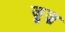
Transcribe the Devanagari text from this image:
ज़ुज़